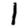
Digit: 1